Lunatic asylums Madras 1892-1911 - 1892-1911
Year: 1892
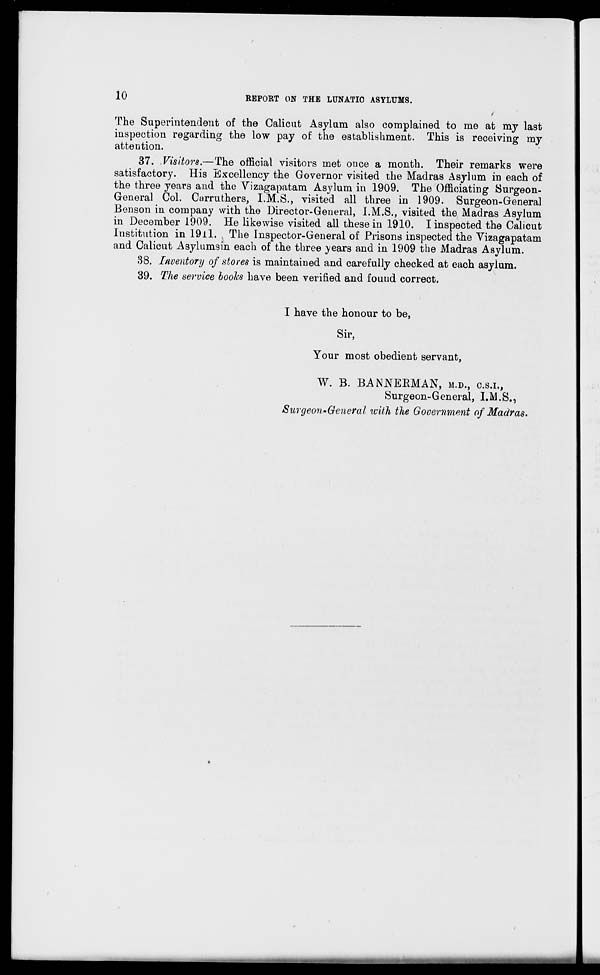
10
REPORT ON THE LUNATIC ASYLUMS.
The Superintendent of the Calicut Asylum also complained to me at my last
inspection regarding the low pay of the establishment. This is receiving my
attention.
37. Visitors.—The official visitors met once a month. Their remarks were
satisfactory. His Excellency the Governor visited the Madras Asylum in each of
the three years and the Vizagapatam Asylum in 1909. The Officiating Surgeon-
General Col. Carruthers, I.M.S., visited all three in 1909. Surgeon-General
Benson in company with the Director-General, I.M.S., visited the Madras Asylum
in December 1909. He likewise visited all these in 1910. I inspected the Calicut
Institution in 19il. The Inspector-General of Prisons inspected the Vizagapatam
and Calicut Asylumsin each of the three years and in 1909 the Madras Asylum.
38. Inventory of stores is maintained and carefully checked at each asylum.
39. The service boohs have been verified and found correct.
I have the honour to be,
Sir,
Your most obedient servant,
W. B. BANNEEMAN, M.D., C.S.I.,
Surgeon-General, I.M.S.,
Surgeon~General with the Government of Madras.